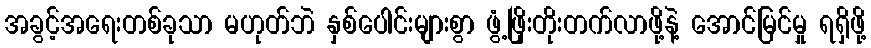
အခွင့်အရေးတစ်ခုသာ မဟုတ်ဘဲ နှစ်ပေါင်းများစွာ ဖွံ့ဖြိုးတိုးတက်လာဖို့နဲ့ အောင်မြင်မှု ရရှိဖို့